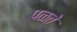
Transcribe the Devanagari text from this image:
पळते